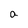
Character: a